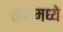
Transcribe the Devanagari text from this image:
सत्रांमध्ये